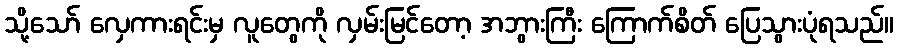
သို့သော် လှေကားရင်းမှ လူတွေကို လှမ်းမြင်တော့ အဘွားကြီး ကြောက်စိတ် ပြေသွားပုံရသည်။